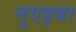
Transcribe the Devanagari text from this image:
नुएइबा